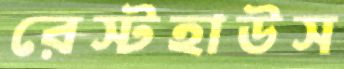
রেস্টহাউস